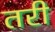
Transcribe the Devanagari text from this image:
तरी